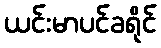
ယင်းမာပင်ခရိုင်